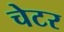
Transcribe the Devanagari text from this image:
चेटर